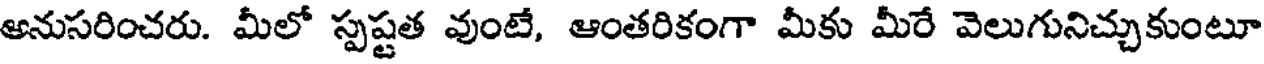
అనుసరించరు. మీలో స్పష్టత వుంటే, ఆంతరికంగా మీకు మీరే వెలుగునిచ్చుకుంటూ